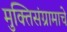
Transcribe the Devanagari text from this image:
मुक्तिसंग्रामाचे